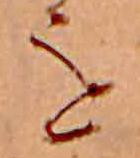
を